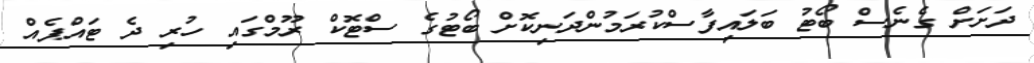
ދަށަށް ގެނެސް ބޯޓު ބަލައިފާސްކުރަމުންދަނިކޮށް ބޯޓުގެ ސްޓޮކް ރޫމްގައި ހުރި ދެ ޓައްޕެއް